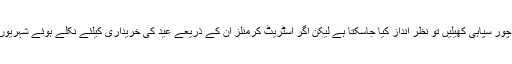
اس کی وجہ سے متعلق کہا گیا ہے کہ ان کھلونا پستولوں سے بچے چور سپاہی کھیلیں تو نظر انداز کیا جاسکتا ہے لیکن اگر اسٹریٹ کرمنلز ان کے ذریعے عید کی خریداری کیلئے نکلے ہوئے شہریوں کو لوٹنے لگیں تو اس بات کی کسی طور اجازت نہیں دی جاسکتی۔